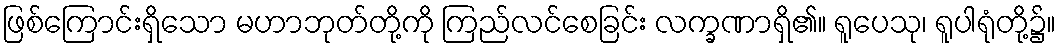
ဖြစ်ကြောင်းရှိသော မဟာဘုတ်တို့ကို ကြည်လင်စေခြင်း လက္ခဏာရှိ၏။ ရူပေသု၊ ရူပါရုံတို့၌။